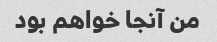
من آنجا خواهم بود